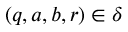
( q , a , b , r ) \in \delta